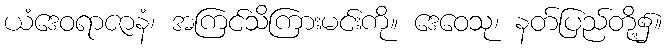
ယံဒေဝရာဇာနံ၊ အကြင်သိကြားမင်းကို။ ဒေဝေသု၊ နတ်ပြည်တို့၌။